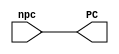
// Class: CSCI 401 Computer Architecture
// Term: SPR11
// Name(s): 
//
// Lab #1: Instruction Fetch Stage

//                              -*- Mode: Verilog -*-
// Description     : The program counter module 
//                   of the IF stage of the pipeline.
// Modified By     : Jason Fredrick and David Sturgeon

module pc_mod (
   output reg [31:0] PC,             // Output of pc_mod
   input wire [31:0] npc             // Input of pc_mod
   );

   initial begin
      PC <= 0;
   end
   always @ ( npc) begin
      #1 PC <= npc;
   end

endmodule // pc_mod